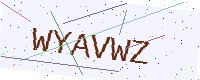
Text: WYAVWZ